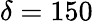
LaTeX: \delta=150